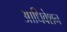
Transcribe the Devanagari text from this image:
आधिवेशन